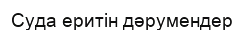
Суда еритін дәрумендер